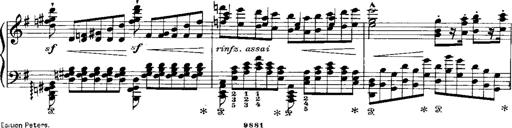
Title: RÃ©miniscences de Norma de Bellini
Composer: Franz Liszt